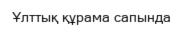
Ұлттық құрама сапында